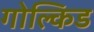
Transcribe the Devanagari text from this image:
गोल्किड